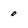
Character: 0